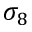
\sigma _ { 8 }